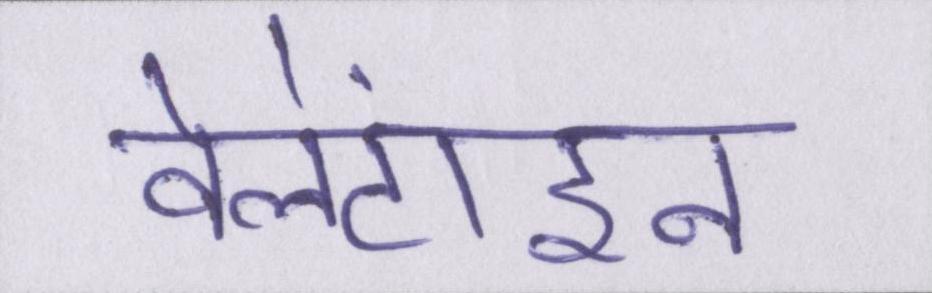
वेलेंटाइन